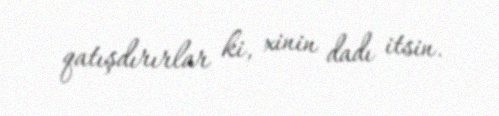
qatışdırırlar ki, xinin dadı itsin.